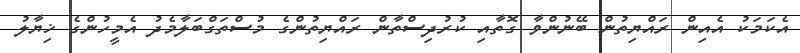
އެކަމަކު އެއިން ރައްޔިތުން ބޭނުންވާ ގޮތާއި ކުރުދިސްތާން ރައްޔިތުންގެ މުސްތަގްބަލާމެދު އެމީހުންގެ ޚިޔާލު